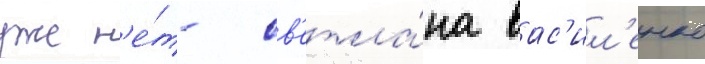
уже н'е́т- св'етла́на вас'ил'енко